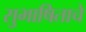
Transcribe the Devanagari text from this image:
सुभाषिताचे